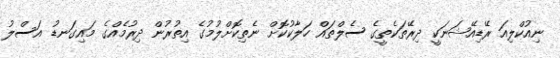
ނިއުކްލިއަ ރޭޑިއޭޝަނަކީ ދިރޭތަކެތީގެ ސެލްތައް ހަލާކުކޮށް ނެތިކޮށްލުމުގެ އިތުރުން ދިރުމެއްގެ މައިގަނޑު އަސްލު